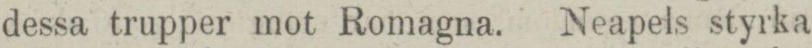
dessa trupper mot Romagna. Neapels styrka